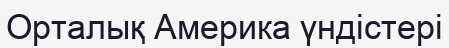
Орталық Америка үндістері